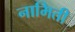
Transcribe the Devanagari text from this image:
नामिती